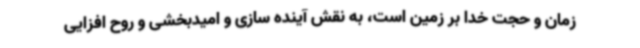
زمان و حجت خدا بر زمین است، به نقش آینده سازی و امیدبخشی و روح افزایی